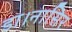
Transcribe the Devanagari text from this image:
डा।नासिर